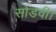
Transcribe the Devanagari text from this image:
सोडवी।